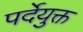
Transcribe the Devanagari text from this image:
पर्देयुक्त